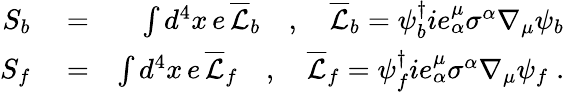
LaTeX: \begin{array}{rlr}{S_{b}}&{{}=}&{\int d^{4}x\, e\, \overline{{\mathcal{L}}}_{b}\quad,\quad\overline{{\mathcal{L}}}_{b}=\psi_{b}^{\dagger}ie_{\alpha}^{\mu}\sigma^{\alpha}\nabla_{\mu}\psi_{b}}\\ {S_{f}}&{{}=}&{\int d^{4}x\, e\, \overline{{\mathcal{L}}}_{f}\quad,\quad\overline{{\mathcal{L}}}_{f}=\psi_{f}^{\dagger}ie_{\alpha}^{\mu}\sigma^{\alpha}\nabla_{\mu}\psi_{f}\; .}\end{array}